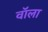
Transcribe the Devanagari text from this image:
वॉला